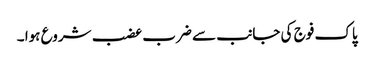
پاک فوج کی جانب سے ضرب عضب شروع ہوا ۔